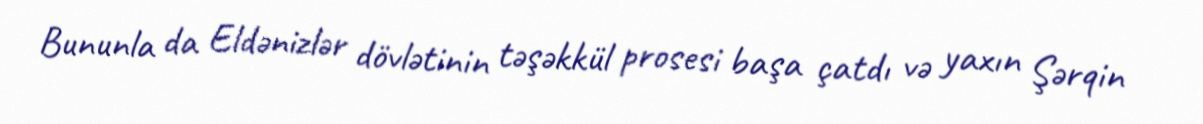
Bununla da Eldənizlər dövlətinin təşəkkül prosesi başa çatdı və yaxın Şərqin